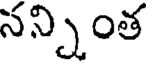
సన్నింత